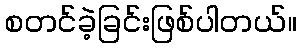
စတင်ခဲ့ခြင်းဖြစ်ပါတယ်။